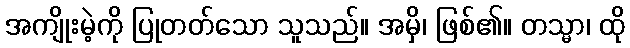
အကျိုးမဲ့ကို ပြုတတ်သော သူသည်။ အမှိ၊ ဖြစ်၏။ တသ္မာ၊ ထို